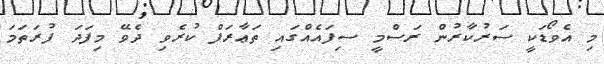
މި އެވޯޑަކީ ސަރުކާރުން ރަސްމީ ސިފައެއްގައި ތަޢާރަފް ކުރެވި ދެވޭ މިފަދަ ފުރަތަމަ